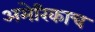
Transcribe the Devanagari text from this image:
अमेरिकाच